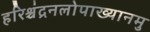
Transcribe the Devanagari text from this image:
हरिश्चंद्रनलोपाख्यानमु